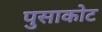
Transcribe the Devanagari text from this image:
पुसाकोट